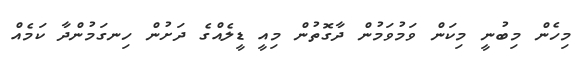
މިހެން މިބުނީ މިކަން ވަމުވަމުން ދާގޮތުން މިއީ ޑީލެއްގެ ދަށުން ހިނގަމުންދާ ކަމެއް